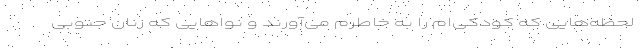
لحظه‌هایی که کودکی‌ام را به خاطرم می‌آورند و نوا‌هایی که زنان جنوبی